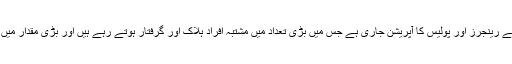
کراچی میں ستمبر 2013ء سے رینجرز اور پولیس کا آپریشن جاری ہے جس میں بڑی تعداد میں مشتبہ افراد ہلاک اور گرفتار ہوتے رہے ہیں اور بڑی مقدار میں اسلحہ بھی برآمد ہوتا رہا ہے۔